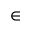
\in